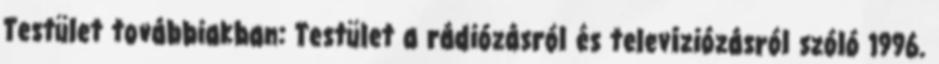
Testület továbbiakban: Testület a rádiózásról és televíziózásról szóló 1996.